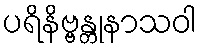
ပရိနိဗ္ဗန္တုနာသဝါ